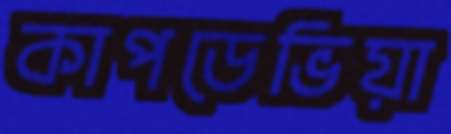
কাপডেভিয়া